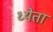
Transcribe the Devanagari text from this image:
ध्येता